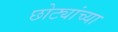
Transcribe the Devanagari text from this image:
छोट्यांच्या